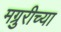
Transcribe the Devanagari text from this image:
मग्रुरीच्या